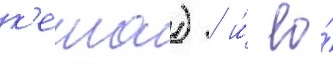
к'еша) / и́ ео́